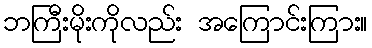
ဘကြီးမိုးကိုလည်း အကြောင်းကြား။